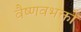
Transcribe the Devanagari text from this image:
वैष्णवभक्तों